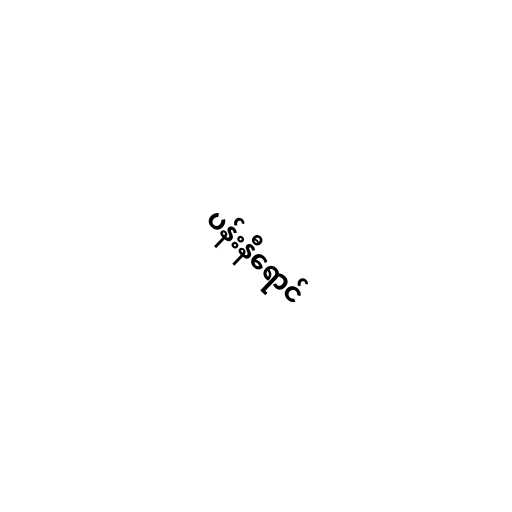
ပန်းနီရောင်